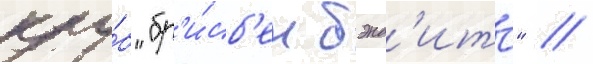
клу́б "бр'и́сб'ен бэнд'итс" //